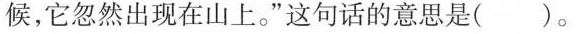
候,它忽然出现在山上。”这句话的意思是（ ）。